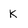
Character: K